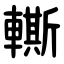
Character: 䡳